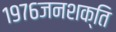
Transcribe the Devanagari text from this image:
१९७६जनशक्ति